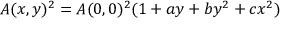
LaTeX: A ( x , y ) ^ { 2 } = A ( 0 , 0 ) ^ { 2 } ( 1 + a y + b y ^ { 2 } + c x ^ { 2 } ) ~ ~